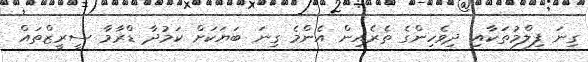
ގިނަ ފިލްމުތަކާއި ދިވެހިންގެ ތެެރެއިން އެންމެ ގިނަ ބަޔަކަށް ކަމުދާ ޑްރާމާ ސީރީޒްތައް